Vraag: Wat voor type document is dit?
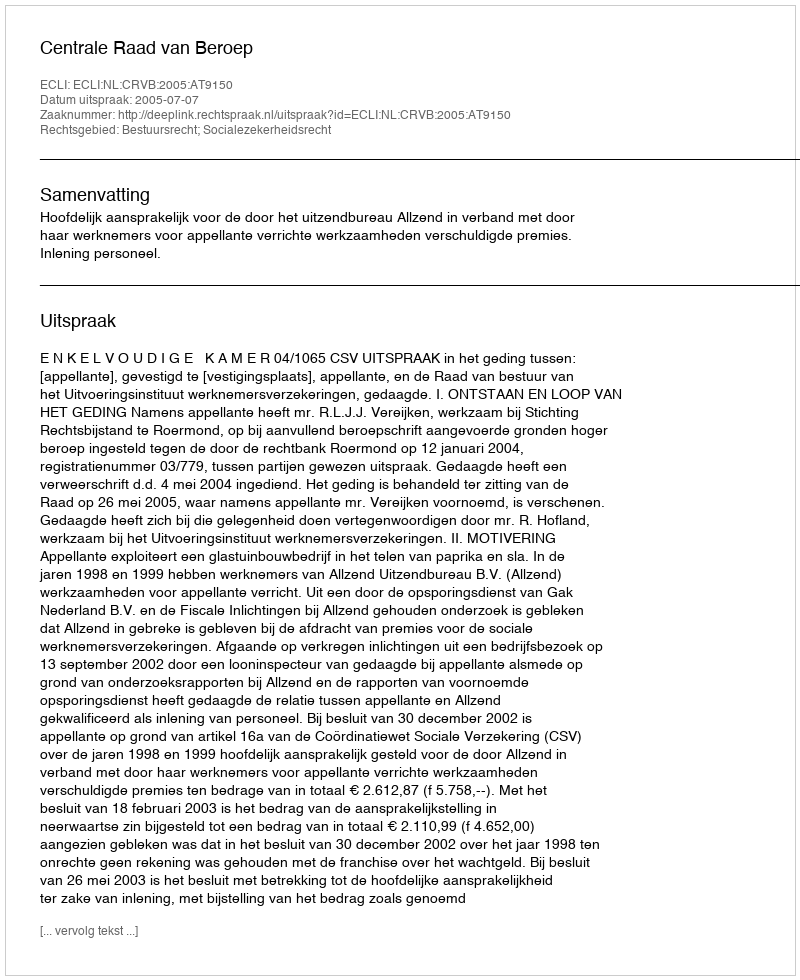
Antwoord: Uitspraak